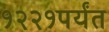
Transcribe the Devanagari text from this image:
१२२१पर्यंत